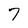
Character: 7